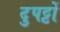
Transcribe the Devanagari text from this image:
दुपट्टों